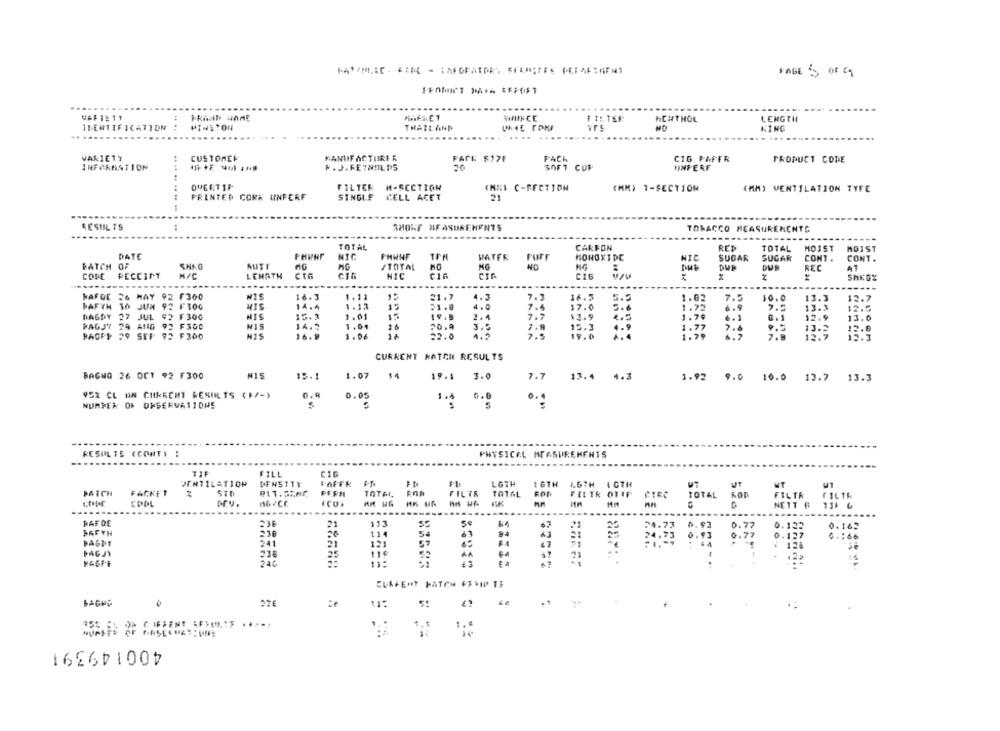
HABE 5 00 G
....
HENTHOL
LENGTH
IDENTIFICATION
PINE TON
THAILAND
KING
...
VARIETY
CUSTOMER
MANUFACTURER
FATE $17F
FACH
CIG PAPER
PRODUCT COME
INFORMATION
P. J. REYNOLDS
SOFT CUP
INFERF
FILTER
M-RCCTION
CHNY C-SECTION
(MM) 7-SECTION
(MM) VENTILATION TYFE
PRINTER CORK UNPERF
SINGLE
CELL ACET
2
.... .. .. .. .
RESULTS
SMOKE MEASUREMENTS
TORACCO MEASUREMENTG
TOTAL
CARFON
RET
TOTAL
MOJST
MOIST
DATE
NIC
FHWNF
WATER
MONOXIDE
DANS
PUFF
NIC
SUGAR
SUGAR
CONT .
CONT .
BATCH
SUTT
/TOTAL
NG
DUP
REC
AT
CODE
H/C
LEHRTH
CIA
NIC
CIR
z
----------
---
WAFDE 26 MAY 92 F360
16.3
1. 11
21.7
4.3
7.3
14.5
7.5
10.0
13.3
12.7
FAFTH TO JUM 92 F30G
MIS
14.4
1.13
15
21 .8
4.9
7.4
17.0
2.5
12.5
13.3
1.01
2.4
7.2
13.9
3.3
BAGDY 27 JUL 92 F300
HIS
19.5
13.0
PAGJ7 29 AND 92 F300
HIS
1.04
70.9
15.3
7.6
12.9
FAGET 39 SEF
92 F300
16.9
3.06
14
22.0
7.ª
19.0
CURRENT BATCH RESULTS
BAGNO 26 OCT 92 F300
NIS
15.1
1.07
14
19.1 3.0
7.7
13.4
4.3
1.92
9.0 10.0 13.7 13.3
952 CL ON CUKRCHT RESULTS (+/-)
0.9
0.05
1.4
0 ..
NUMMER OR OHSERVATIONS
5
RESULTE (CONT) :
PHYSICAL MEASUREMENTS
FILL
CIG
DENTILATION
DENSITY
FAFFR
LGTH
1 6TH
LG7H 0TH
WT
UT
PATCH
FACKET
PIT. SRAC
TOTAL,
FILTR
TOTAL
FILTR OTIF
CIRC
TOTAL
Kop
FILTR
COOL
MM HG
G
NETT #
....
.............
---
DAFDE
236
113
..
24.73 0. 93
0.77
0.133
0.162
230
114
54
25
0.127
0.93
0.77
6 .: 66
FAGUT
241
21
121
57
128
236
25
110
VASFE
240
21
CURRENT HATCH FELIP TE
276
115
1.+
400149391